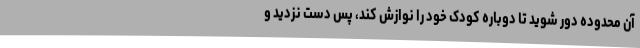
آن محدوده دور شوید تا دوباره کودک خود را نوازش کند، پس دست نزدید و